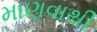
માણવાથી